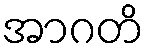
အာဂတိ